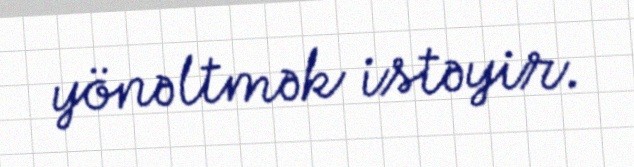
yönəltmək istəyir.